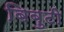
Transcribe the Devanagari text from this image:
बिबुटी